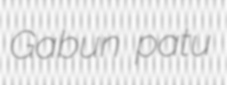
Gabun patu